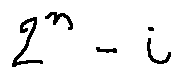
2 ^ { n } - i